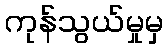
ကုန်သွယ်မှုမှ